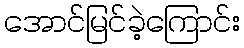
အောင်မြင်ခဲ့ကြောင်း